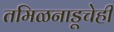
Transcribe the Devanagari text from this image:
तमिळनाडूचेही